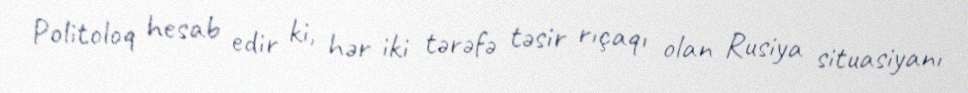
Politoloq hesab edir ki, hər iki tərəfə təsir rıçaqı olan Rusiya situasiyanı